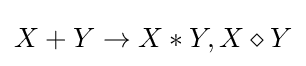
X+Y\rightarrow X*Y,X\diamond Y